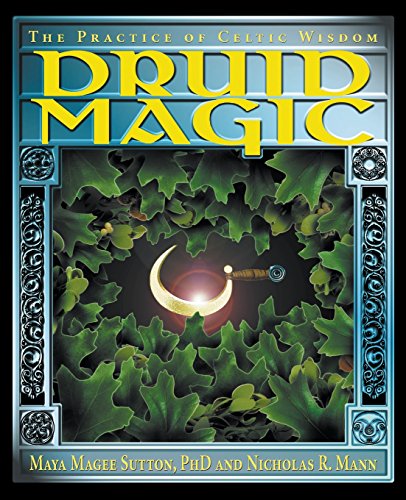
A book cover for Druid Magic: The Practice of Celtic Wisdom; Nicholas R. Mann; Religion & Spirituality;